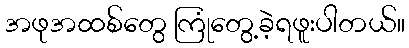
အဖုအထစ်တွေ ကြုံတွေ့ခဲ့ရဖူးပါတယ်။